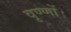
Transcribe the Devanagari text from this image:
वृण्णों